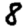
Digit: 8